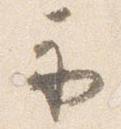
示